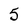
Character: 5